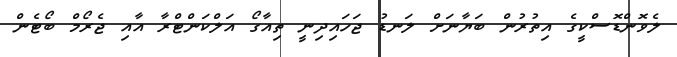
ލެވޮންޑޮސްކީގެ އިތުރުން ބަޔާނަށް ލަނޑު ޖަހައިދިނީ ތިއާގޯ އަލްކަންޓްރާ އާއި ޖެރޯމް ބޯޓެން